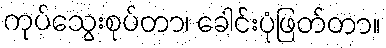
ကုပ်သွေးစုပ်တာ၊ ခေါင်းပုံဖြတ်တာ။